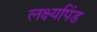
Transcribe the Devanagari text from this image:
लक्ष्यपिंड